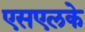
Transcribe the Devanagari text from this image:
एसएलके